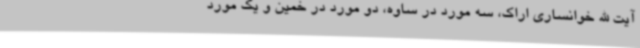
آیت الله خوانساری اراک، سه مورد در ساوه، دو مورد در خمین و یک مورد